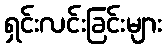
ရှင်းလင်းခြင်းများ